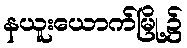
နယူးယောက်မြို့၌